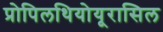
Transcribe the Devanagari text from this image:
प्रोपिलथियोयूरासिल